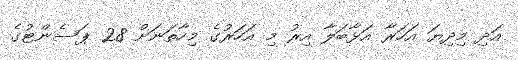
އަދި މިދިޔަ އަހަރާ އަޅާބަލާ އިރު މި އަހަރުގެ މިހާތަނަށް 28 ޕަސެންޓުގެ